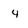
Character: 4